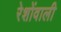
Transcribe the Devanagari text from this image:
रेशोंवाली